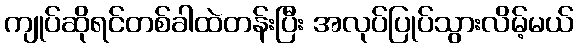
ကျုပ်ဆိုရင်တစ်ခါထဲတန်းပြီး အလုပ်ပြုပ်သွားလိမ့်မယ်